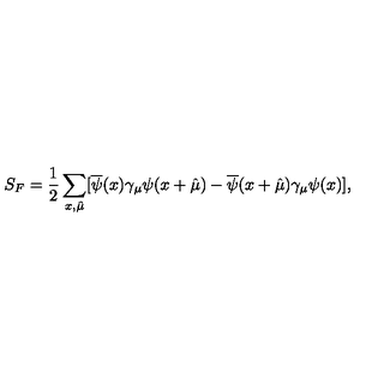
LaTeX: S _ { F } = \frac { 1 } { 2 } \sum _ { x , \hat { \mu } } [ \overline { { \psi } } ( x ) \gamma _ { \mu } \psi ( x + \hat { \mu } ) - \overline { { \psi } } ( x + \hat { \mu } ) \gamma _ { \mu } \psi ( x ) ] ,